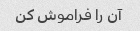
آن را فراموش کن